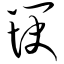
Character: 筷